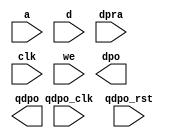
module elut_xilinx(
  a,
  d,
  dpra,
  clk,
  we,
  qdpo_clk,
  qdpo_rst,
  dpo,
  qdpo
);

input [5 : 0] a;
input [0 : 0] d;
input [5 : 0] dpra;
input clk;
input we;
input qdpo_clk;
input qdpo_rst;
output [0 : 0] dpo;
output [0 : 0] qdpo;

// synthesis translate_off

  DIST_MEM_GEN_V7_2 #(
    .C_ADDR_WIDTH(6),
    .C_DEFAULT_DATA("0"),
    .C_DEPTH(64),
    .C_FAMILY("virtex6"),
    .C_HAS_CLK(1),
    .C_HAS_D(1),
    .C_HAS_DPO(1),
    .C_HAS_DPRA(1),
    .C_HAS_I_CE(0),
    .C_HAS_QDPO(1),
    .C_HAS_QDPO_CE(0),
    .C_HAS_QDPO_CLK(1),
    .C_HAS_QDPO_RST(1),
    .C_HAS_QDPO_SRST(0),
    .C_HAS_QSPO(0),
    .C_HAS_QSPO_CE(0),
    .C_HAS_QSPO_RST(0),
    .C_HAS_QSPO_SRST(0),
    .C_HAS_SPO(0),
    .C_HAS_SPRA(0),
    .C_HAS_WE(1),
    .C_MEM_INIT_FILE("no_coe_file_loaded"),
    .C_MEM_TYPE(4),
    .C_PARSER_TYPE(1),
    .C_PIPELINE_STAGES(0),
    .C_QCE_JOINED(0),
    .C_QUALIFY_WE(0),
    .C_READ_MIF(0),
    .C_REG_A_D_INPUTS(0),
    .C_REG_DPRA_INPUT(0),
    .C_SYNC_ENABLE(1),
    .C_WIDTH(1)
  )
  inst (
    .A(a),
    .D(d),
    .DPRA(dpra),
    .CLK(clk),
    .WE(we),
    .QDPO_CLK(qdpo_clk),
    .QDPO_RST(qdpo_rst),
    .DPO(dpo),
    .QDPO(qdpo),
    .SPRA(),
    .I_CE(),
    .QSPO_CE(),
    .QDPO_CE(),
    .QSPO_RST(),
    .QSPO_SRST(),
    .QDPO_SRST(),
    .SPO(),
    .QSPO()
  );

// synthesis translate_on

endmodule